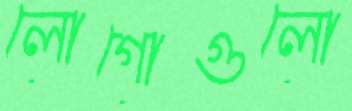
লোগোগুলো